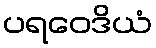
ပရဝေဒိယံ